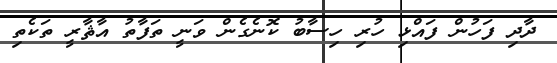
ދާދި ފަހުން ފައްޅި ހުރި ހިސާބު ކޮނެގެން ވަނީ ތަފާތު އާޘާރީ ތަކެތި